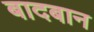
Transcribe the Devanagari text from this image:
बादबान